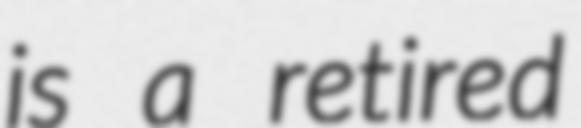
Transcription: is a retired